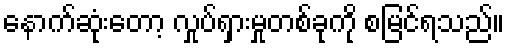
နောက်ဆုံးတော့ လှုပ်ရှားမှုတစ်ခုကို စမြင်ရသည်။